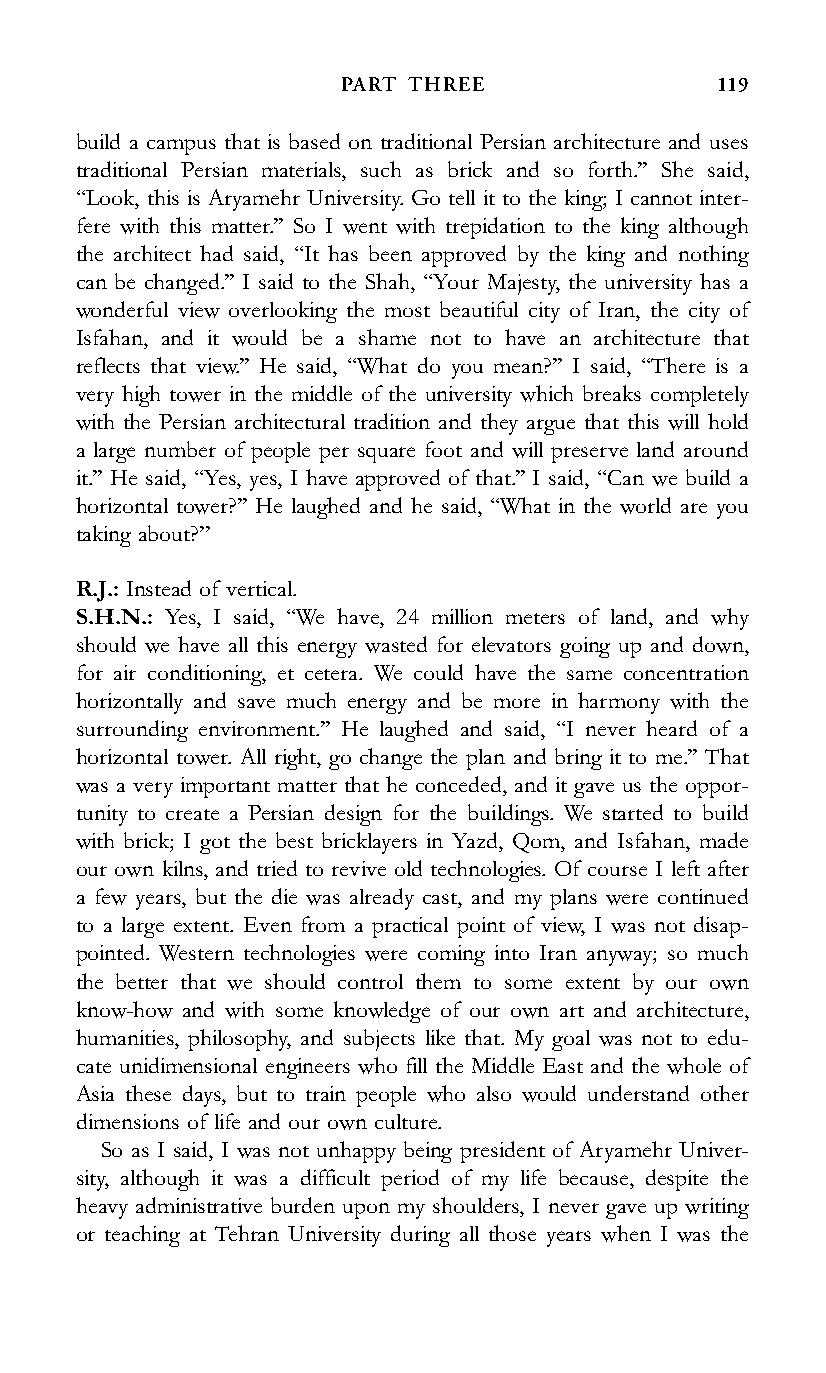
PART THREE               119
 build a campus that is based on traditional Persian architecture and uses
 traditional Persian materials, such as brick and so forth.’’ She said,
 ‘‘Look, this is Aryamehr University. Go tell it to the king; I cannot inter-
 fere with this matter.’’ So I went with trepidation to the king although
 the architect had said, ‘‘It has been approved by the king and nothing
 can be changed.’’ I said to the Shah, ‘‘Your Majesty, the university has a
 wonderful view overlooking the most beautiful city of Iran, the city of
 Isfahan, and it would be a shame not to have an architecture that
 reflects that view.’’ He said, ‘‘What do you mean?’’ I said, ‘‘There is a
 very high tower in the middle of the university which breaks completely
 with the Persian architectural tradition and they argue that this will hold
 a large number of people per square foot and will preserve land around
 it.’’ He said, ‘‘Yes, yes, I have approved of that.’’ I said, ‘‘Can we build a
 horizontal tower?’’ He laughed and he said, ‘‘What in the world are you
 taking about?’’
 R.J.: Instead of vertical.
 S.H.N.: Yes, I said, ‘‘We have, 24 million meters of land, and why
 should we have all this energy wasted for elevators going up and down,
 for air conditioning, et cetera. We could have the same concentration
 horizontally and save much energy and be more in harmony with the
 surrounding environment.’’ He laughed and said, ‘‘I never heard of a
 horizontal tower. All right, go change the plan and bring it to me.’’ That
 was a very important matter that he conceded, and it gave us the oppor-
 tunity to create a Persian design for the buildings. We started to build
 with brick; I got the best bricklayers in Yazd, Qom, and Isfahan, made
 our own kilns, and tried to revive old technologies. Of course I left after
 a few years, but the die was already cast, and my plans were continued
 to a large extent. Even from a practical point of view, I was not disap-
 pointed. Western technologies were coming into Iran anyway; so much
 the better that we should control them to some extent by our own
 know-how and with some knowledge of our own art and architecture,
 humanities, philosophy, and subjects like that. My goal was not to edu-
 cate unidimensional engineers who fill the Middle East and the whole of
 Asia these days, but to train people who also would understand other
 dimensions of life and our own culture.
 So as I said, I was not unhappy being president of Aryamehr Univer-
 sity, although it was a difficult period of my life because, despite the
 heavy administrative burden upon my shoulders, I never gave up writing
 or teaching at Tehran University during all those years when I was the